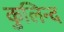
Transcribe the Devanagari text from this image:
कुलिन्द